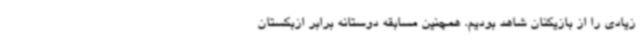
زیادی را از بازیکنان شاهد بودیم. همچنین مسابقه دوستانه برابر ازبکستان